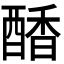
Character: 𮠷